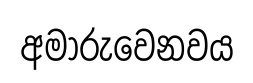
අමාරුවෙනවය